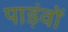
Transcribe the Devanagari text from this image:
पाड़ंवों